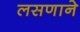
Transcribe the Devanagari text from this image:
लसणाने